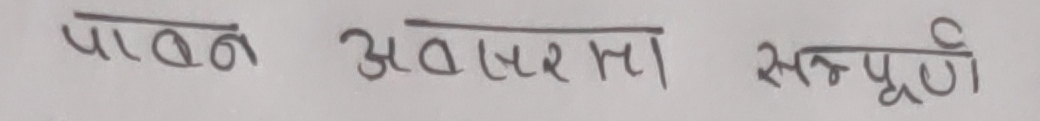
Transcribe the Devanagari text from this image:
पावन अवस्था सम्पूर्ण